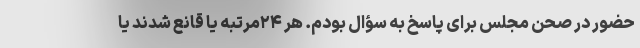
حضور در صحن مجلس برای پاسخ به سؤال بودم. هر ۲۴مرتبه یا قانع شدند یا